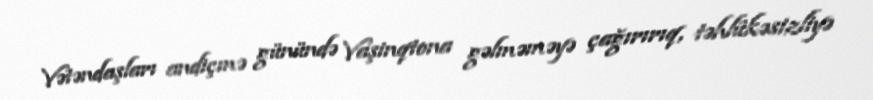
Vətəndaşları andiçmə günündə Vaşinqtona gəlməməyə çağırırıq, təhlükəsizliyə